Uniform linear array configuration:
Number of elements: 16
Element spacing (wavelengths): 0.25
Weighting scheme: exponential
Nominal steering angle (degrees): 30
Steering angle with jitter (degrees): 28.896
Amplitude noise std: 0.05
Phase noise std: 0.05

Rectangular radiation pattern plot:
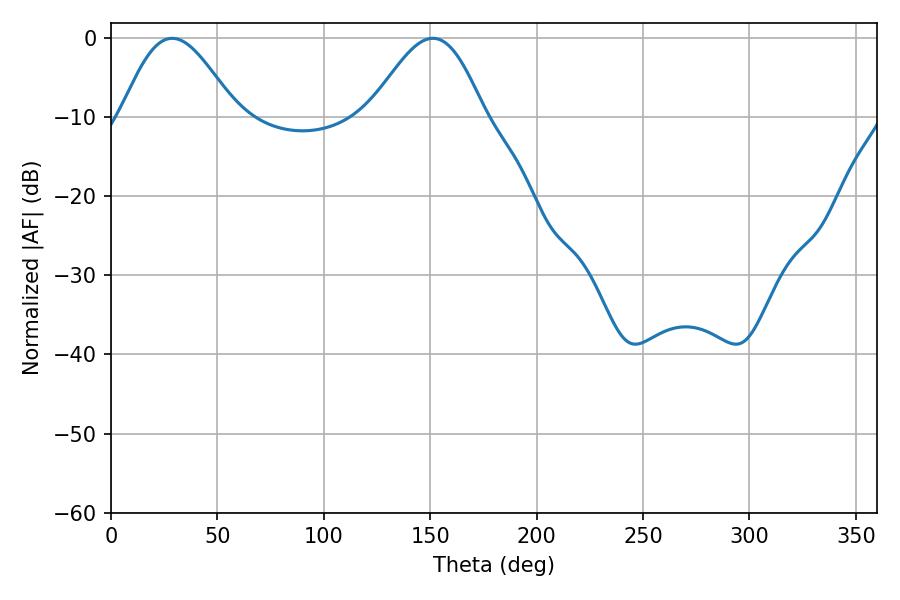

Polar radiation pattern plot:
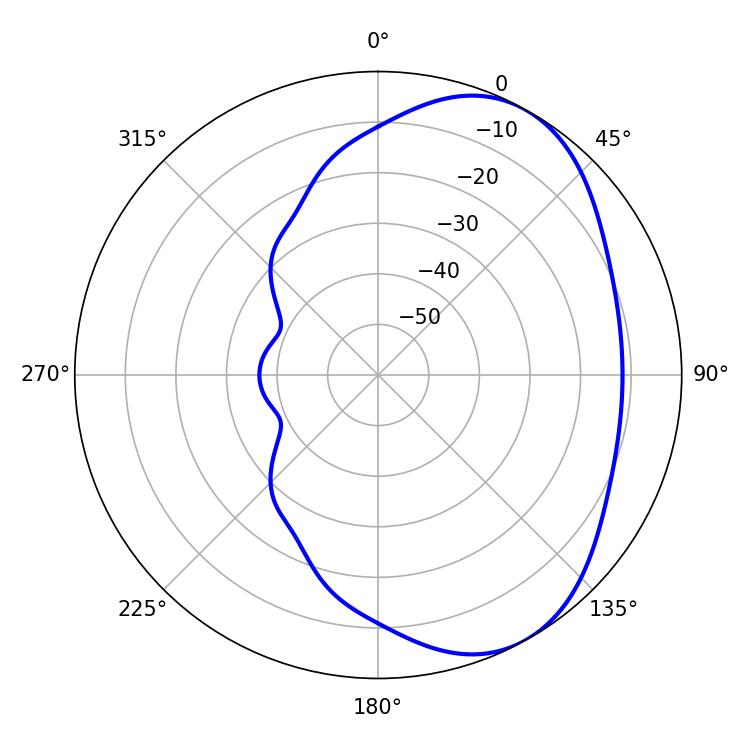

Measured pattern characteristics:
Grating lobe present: FALSE
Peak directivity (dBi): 5.07
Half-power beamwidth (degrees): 28.62
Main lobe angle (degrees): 28.8